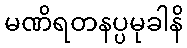
မဏိရတနပ္ပမုခါနိ